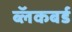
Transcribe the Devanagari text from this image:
ब्लॅकबर्ड